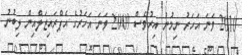
2010 ވަނަ އަހަރު ނިމުނު އިރުވެސް 2009 ވަނަ އަހަރުގެ އެޕްރައިޒަލްއިން ލިބުނު